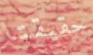
حقيقتا